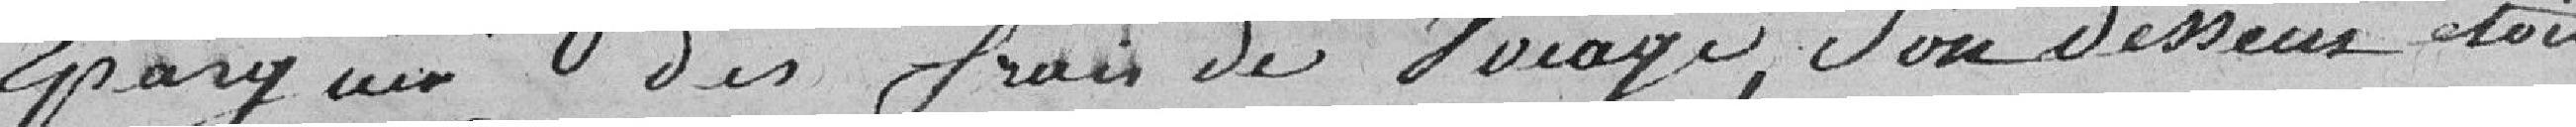
épargner des frais de voyage, son dessein était